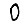
Digit: 0